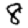
Digit: 8